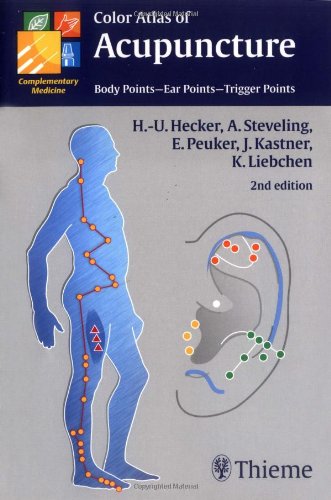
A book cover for Color Atlas of Acupuncture: Body Points - Ear Points - Trigger Points (Complementary Medicine (Thieme Paperback)); Hans-Ulrich Hecker; Health, Fitness & Dieting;